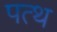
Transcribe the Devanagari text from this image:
पत्थ